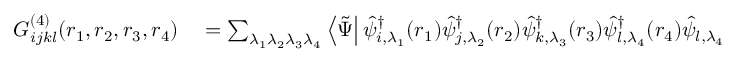
\begin{array} { r l } { G _ { i j k l } ^ { ( 4 ) } ( \boldsymbol { r } _ { 1 } , \boldsymbol { r } _ { 2 } , \boldsymbol { r } _ { 3 } , \boldsymbol { r } _ { 4 } ) } & { { } = \sum _ { \lambda _ { 1 } \lambda _ { 2 } \lambda _ { 3 } \lambda _ { 4 } } \left\langle \tilde { \Psi } \right| \hat { \psi } _ { i , \lambda _ { 1 } } ^ { \dagger } ( \boldsymbol { r } _ { 1 } ) \hat { \psi } _ { j , \lambda _ { 2 } } ^ { \dagger } ( \boldsymbol { r } _ { 2 } ) \hat { \psi } _ { k , \lambda _ { 3 } } ^ { \dagger } ( \boldsymbol { r } _ { 3 } ) \hat { \psi } _ { l , \lambda _ { 4 } } ^ { \dagger } ( \boldsymbol { r } _ { 4 } ) \hat { \psi } _ { l , \lambda _ { 4 } } ( \boldsymbol { r } _ { 4 } ) \hat { \psi } _ { k , \lambda _ { 3 } } ( \boldsymbol { r } _ { 3 } ) \hat { \psi } _ { j , \lambda _ { 2 } } ( \boldsymbol { r } _ { 2 } ) \hat { \psi } _ { i , \lambda _ { 1 } } ( \boldsymbol { r } _ { 1 } ) \left| \tilde { \Psi } \right\rangle , } \end{array}